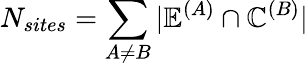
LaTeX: N_{sites}=\sum_{A\ne B}|\mathbb{E}^{(A)}\cap\mathbb{C}^{(B)}|